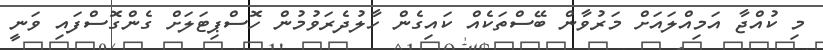
މި ކުއްޖާ އަމިއްލައަށް މަރުވާން ބޭސްތަކެއް ކައިގެން ހާލުދެރަވުމުން ހޮސްޕިޓަލަށް ގެންގޮސްފައި ވަނީ